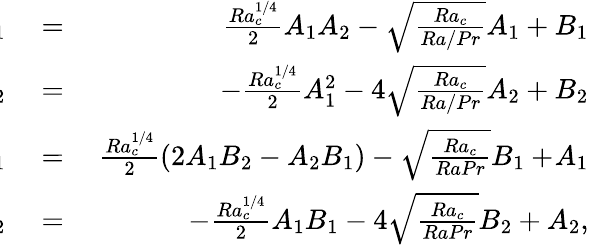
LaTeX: \begin{array}{rlr}{\! \! \! \! \! \! \dot{A_{1}}}&{{}=}&{\ \frac{Ra_{c}^{1/4}}{2}A_{1}A_{2}-\sqrt{\frac{Ra_{c}}{Ra/Pr}}A_{1}+B_{1}}\\ {\! \! \! \! \! \! \dot{A_{2}}}&{{}=}&{-\frac{Ra_{c}^{1/4}}{2}A_{1}^{2}-4\sqrt{\frac{Ra_{c}}{Ra/Pr}}A_{2}+B_{2}}\\ {\! \! \! \! \! \! \dot{B_{1}}}&{{}=}&{\ \frac{Ra_{c}^{1/4}}{2}(2A_{1}B_{2}-A_{2}B_{1})-\sqrt{\frac{Ra_{c}}{RaPr}}B_{1}+\! A_{1}}\\ {\! \! \! \! \! \! \dot{B_{2}}}&{{}=}&{-\frac{Ra_{c}^{1/4}}{2}A_{1}B_{1}-4\sqrt{\frac{Ra_{c}}{RaPr}}B_{2}+A_{2},}\end{array}